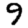
Digit: 9